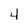
Character: 4